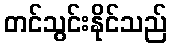
တင်သွင်းနိုင်သည်